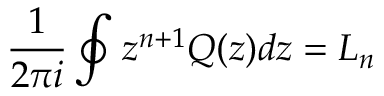
\frac { 1 } { 2 \pi i } \oint z ^ { n + 1 } Q ( z ) d z = L _ { n }